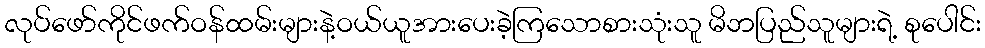
လုပ်ဖော်ကိုင်ဖက်ဝန်ထမ်းများနဲ့ဝယ်ယူအားပေးခဲ့ကြသောစားသုံးသူ မိဘပြည်သူများရဲ့ စုပေါင်း